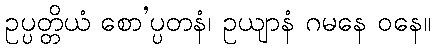
ဥပ္ပတ္တိယံ စော’ပ္ပတနံ၊ ဥယျာနံ ဂမနေ ဝနေ။